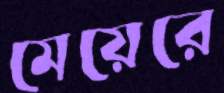
মেয়েরে